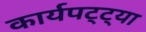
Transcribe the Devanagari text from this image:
कार्यपट्ट्या